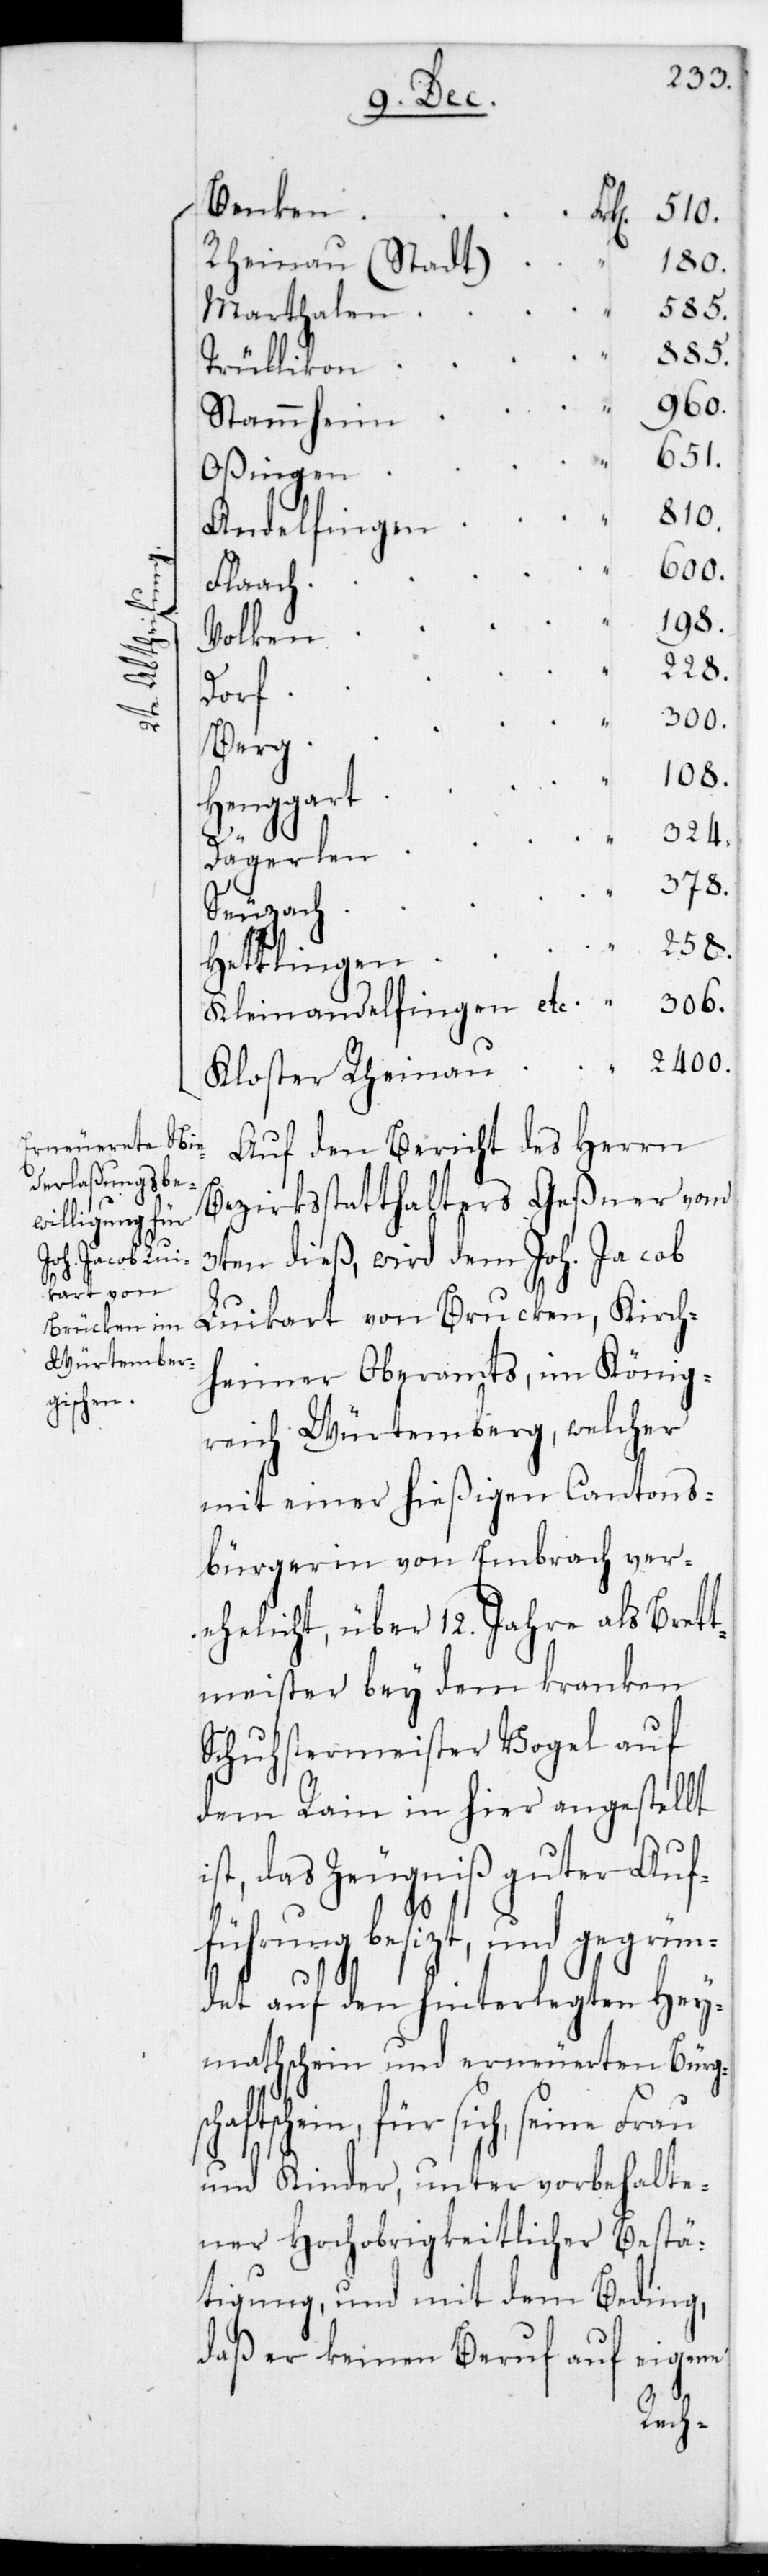
258.
i¬
108.

chaf¬
Benken
Rheinau Stadt
180.
810.
885.
Marthalen
Trüllikon
Stammheim
Oßingen
Andelfingen
Flaach
Volken
Dorf
Berg
Henggart
Dägerlen
378.
Seuzach
Hettlingen
Kleinandelfingen etc. 			 306.
Kloster Rheinau 			 2400.
Auf den Bericht des Herrn
Bezirksstatthalters Geßner vom
3ten dieß, wird dem Joh. Jacob
Luikart von Brucken, Kirch¬
heimer Oberamts im König¬
reich Würtemberg, welcher
mit einer hießigen Cantons¬
bürgerin von Embrach ver¬
ehelicht, über 12. Jahre als Brett¬
meister bey dem kranken
Schustermeister Vogel auf
dem Rain in hier angestellt
st, das Zeugniß guter Auf¬
führung besitzt, und gegrün¬
det auf den hinterlegten Hey¬
mathschein und erneuereten Bürgs¬
tsschein, für sich, seine
und Kinder, unter vorbehalte¬
ner Hochobrigkeitlicher Bestä¬
tigung, und mit dem Beding,
daß er keinen Beruf auf eigene